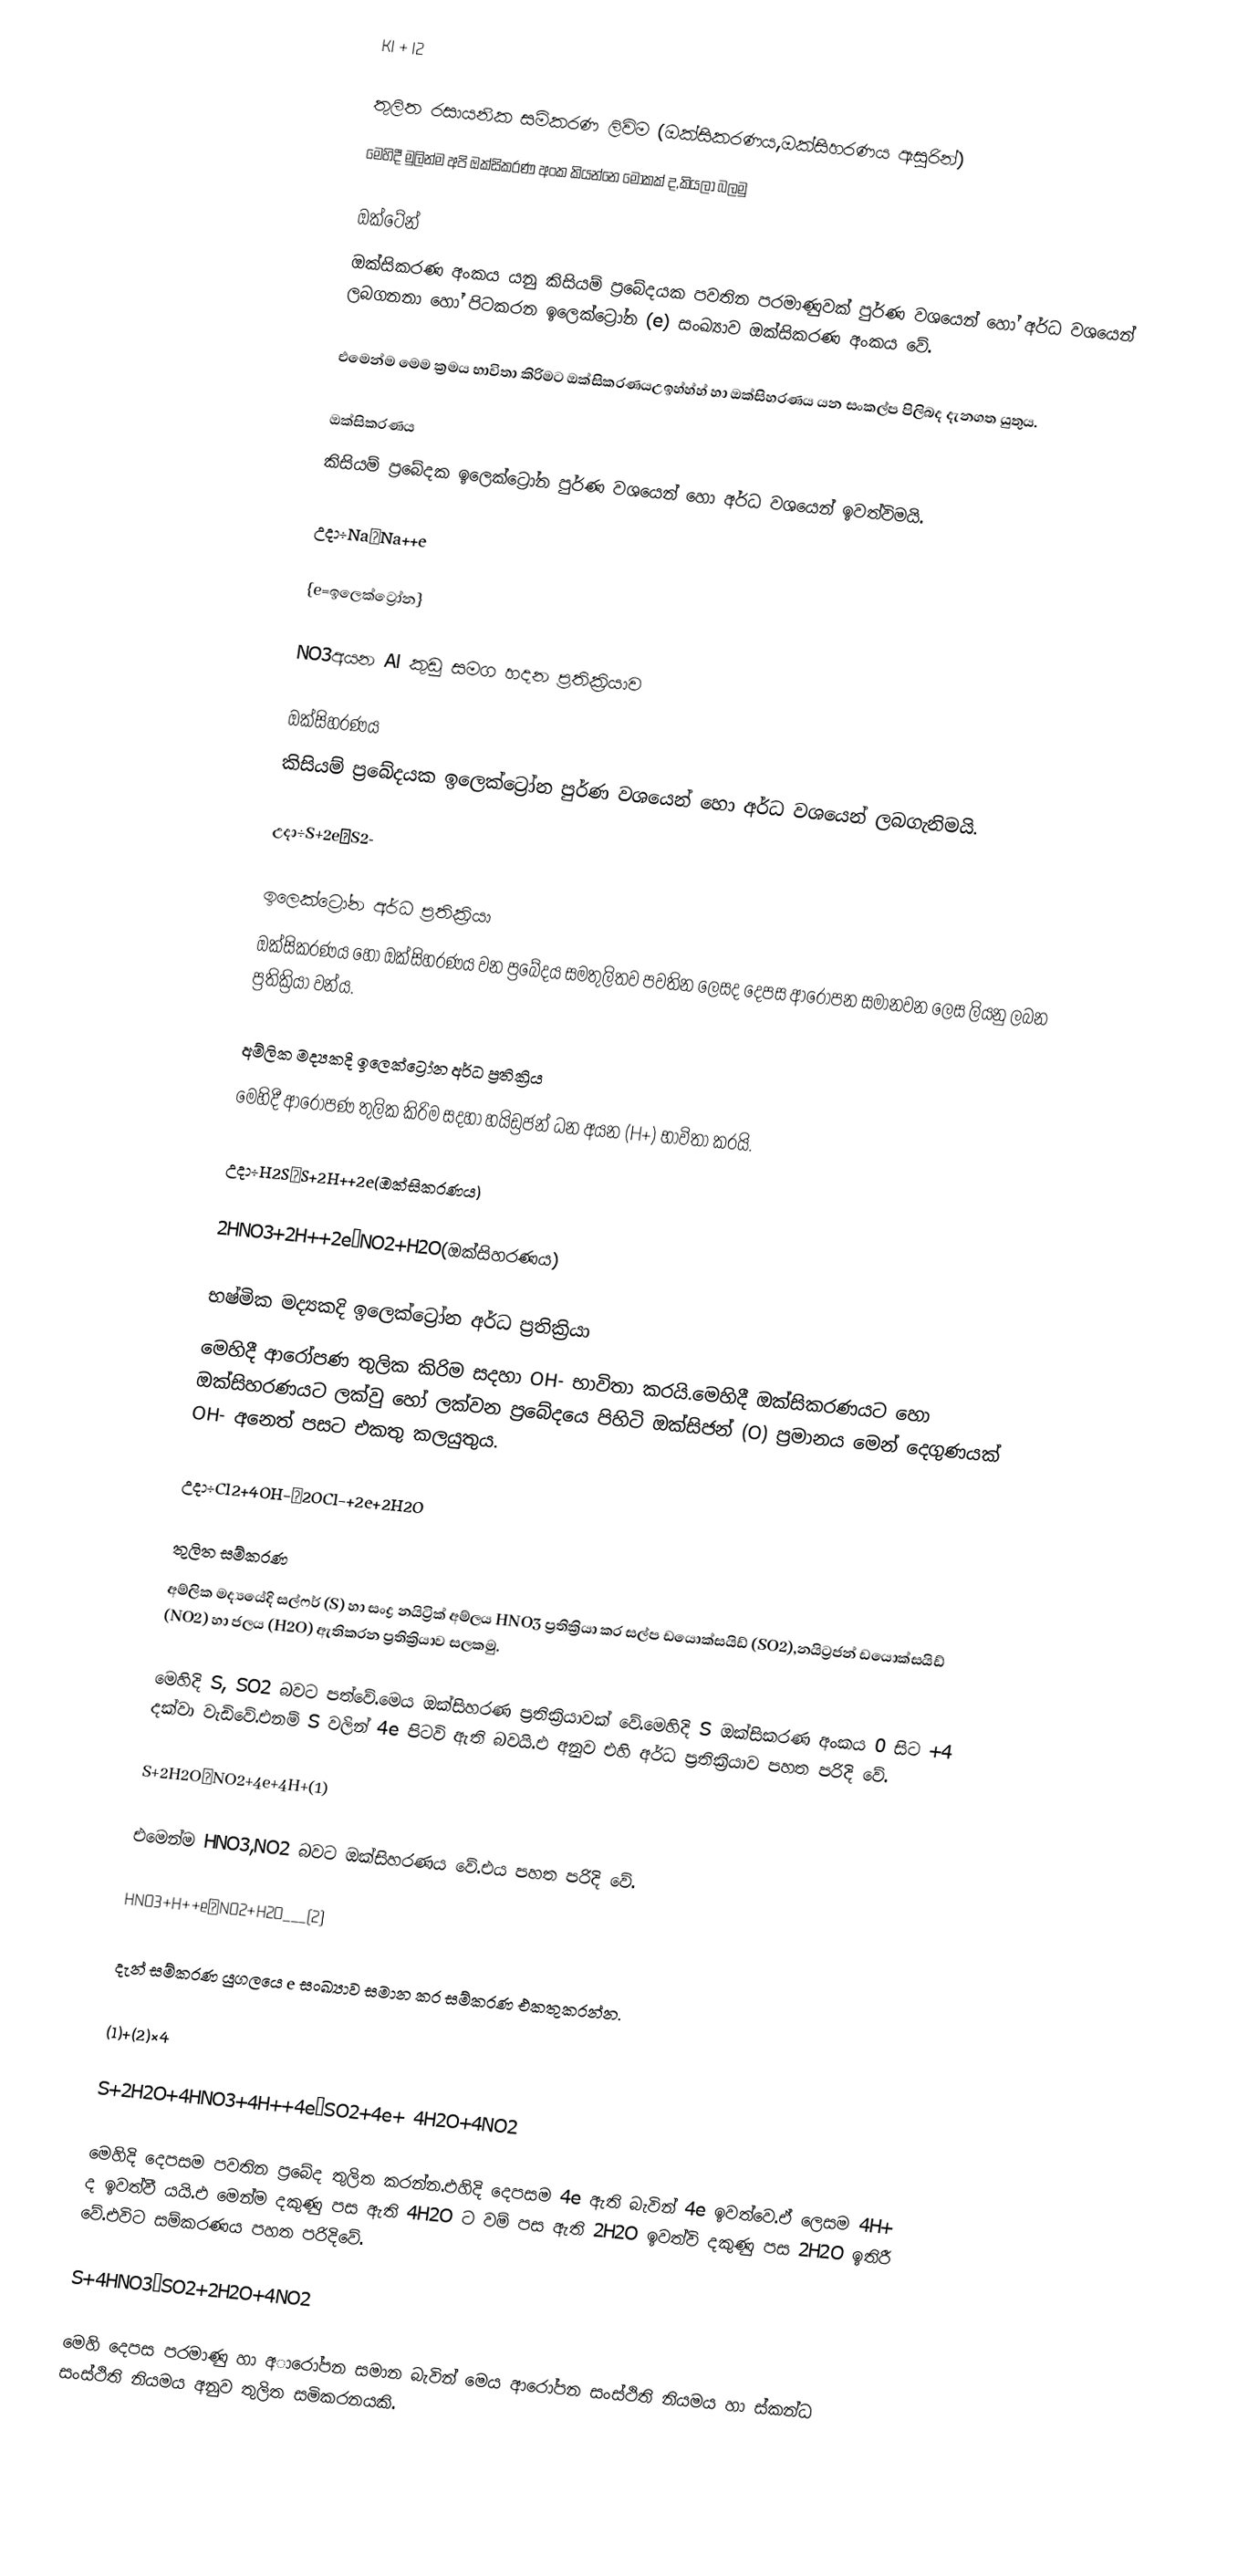
KI + I2

තුලිත රසායනික සම්කරණ ලිවිම (ඔක්සිකරණය,ඔක්සිහරණය ඇසුරින්)
මෙහිදී මුලින්ම අපි ඔක්සිකරණ අංක කියන්නෙ මොකක් ද,කියලා බලමු

ඔක්ටේන්
ඔක්සිකරණ අංකය යනු කිසියම් ප්‍රබේදයක පවතින පරමාණුවක් පුර්ණ වශයෙන් හෝ අර්ධ වශයෙන් ලබගනනා හෝ පිටකරන ඉලෙක්ට්‍රෝන (e) සංඛ්‍යාව ඔක්සිකරණ අංකය වේ.

 එමෙන්ම මෙම ක්‍රමය භාවිතා කිරිමට ඔක්සිකරණයඋඉහ්හ්හ් හා ඔක්සිහරණය යන සංකල්ප පිලිබද දැනගත යුතුය.

ඔක්සිකරණය
කිසියම් ප්‍රබේදක ඉලෙක්ට්‍රෝන පුර්ණ වශයෙන් හො අර්ධ වශයෙන් ඉවත්විමයි.

උදා÷Na→Na++e

{e=ඉලෙක්ට්‍රෝන}

NO3අයන Al කුඩු සමග හදන ප්‍රතික්‍රියාව

ඔක්සිහරණය
කිසියම් ප්‍රබේදයක ඉලෙක්ට්‍රෝන පුර්ණ වශයෙන් හො අර්ධ වශයෙන් ලබගැනිමයි.

උදා÷S+2e→S2-

ඉලෙක්ට්‍රෝන අර්ධ ප්‍රතික්‍රියා
ඔක්සිකරණය හෝ ඔක්සිහරණය වන ප්‍රබේදය සමතුලිතව පවතින ලෙසද දෙපස ආරෝපන සමානවන ලෙස ලියනු ලබන ප්‍රතික්‍රියා වන්ය.

අම්ලික මද්‍යකදි ඉලෙක්ට්‍රෝන අර්ධ ප්‍රතික්‍රිය
මෙහිදී ආරෝපණ තුලික කිරිම සදහා හයිඩ්‍රජන් ධන අයන (H+) භාවිතා කරයි.

උදා÷H2S→S+2H++2e(ඔක්සිකරණය)

2HNO3+2H++2e→NO2+H2O(ඔක්සිහරණය)

භෂ්මික මද්‍යකදි ඉලෙක්ට්‍රෝන අර්ධ ප්‍රතික්‍රියා
මෙහිදී ආරෝපණ තුලික කිරිම සදහා OH- භාවිතා කරයි.මෙහිදී ඔක්සිකරණයට හො ඔක්සිහරණයට ලක්වු හෝ ලක්වන ප්‍රබේදයෙ පිහිටි ඔක්සිජන් (O) ප්‍රමානය මෙන් දෙගුණයක් OH- අනෙත් පසට එකතු කලයුතුය.

උදා÷Cl2+4OH-→2OCl-+2e+2H2O

තුලිත සම්කරණ
අම්ලික මද්‍යයේදි සල්ෆර් (S) හා සංද්‍ර නයිට්‍රික් අම්ලය HNO3 ප්‍රතික්‍රියා කර සල්ප ඩයොක්සයිඩ් (SO2),නයිට්‍රජන් ඩයොක්සයිඩ් (NO2) හා ජලය (H2O) ඇතිකරන ප්‍රතික්‍රියාව සලකමු.

මෙහිදි S, SO2 බවට පත්වේ.මෙය ඔක්සිහරණ ප්‍රතික්‍රියාවක් වේ.මෙහිදි S ඔක්සිකරණ අංකය 0 සිට +4 දක්වා වැඩිවේ.එනම් S වලින් 4e පිටවි ඇති බවයි.එ අනුව එහි අර්ධ ප්‍රතික්‍රියාව පහත පරිදි වේ.

S+2H2O→NO2+4e+4H+(1)

එමෙන්ම HNO3,NO2 බවට ඔක්සිහරණය වේ.එය පහත පරිදි වේ.

HNO3+H++e→NO2+H2O___(2)

දැන් සම්කරණ යුගලයෙ e සංඛ්‍යාව සමාන⁣ කර සම්කරණ එකතුකරන්න.

(1)+(2)×4

S+2H2O+4HNO3+4H++4e→SO2+4e+ 4H2O+4NO2

මෙහිදි දෙපසම පවතින ප්‍රබේද තුලිත කරන්න.එහිදි දෙපසම 4e ඇති බැවින් 4e ඉවත්වෙ.ඒ ලෙසම 4H+ ද ඉවත්වී යයි.එ මෙන්ම දකුණු පස ඇති 4H2O ට වම් පස ඇති 2H2O ඉවත්වි දකුණු පස 2H2O ඉතිරී වේ.එවිට සම්කරණය පහත පරිදිවේ.

S+4HNO3→SO2+2H2O+4NO2

මෙහි දෙපස පරමාණු හා අාරෝපන සමාන බැවින් මෙය ආරෝපන සංස්ථිති නියමය හා ස්කන්ධ සංස්ථිති නියමය අනුව තුලිත සමිකරනයකි.